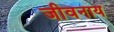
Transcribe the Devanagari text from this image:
जीवनाय